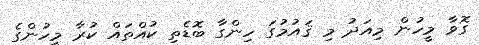
ގޮވާ މީހުން މިއަދު މި ޤައުމުގަ ހިންގާ ބޮޑެތި ކުއްތައް ކުރާ މީހުންގެ